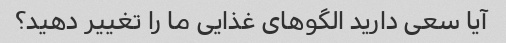
آیا سعی دارید الگوهای غذایی ما را تغییر دهید؟